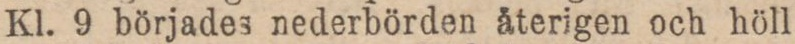
Kl. 9 börjades nederbörden återigen och höll